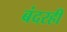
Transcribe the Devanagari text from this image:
बंदरही